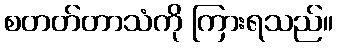
စတတ်တာသံကို ကြားရသည်။